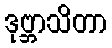
ဒုဗ္ဘာသိတာ